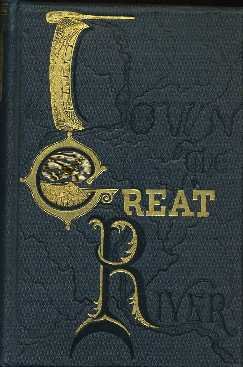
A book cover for Down the great river: Embracing an account of the discovery of the true source of the Mississippi : together with views, descriptive and pictorial, of ... from its head waters to the Gulf of Mexico; Willard W Glazier; Travel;